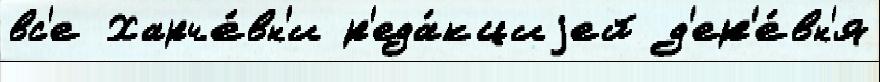
вс'е Харче́вн'и р'еда́кциjей д'ер'е́вн'я